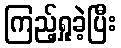
ကြည့်ရှုခဲ့ပြီး